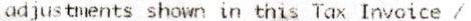
ADJUSTMENTS SHOWN IN THIS TAX INVOICE /